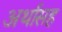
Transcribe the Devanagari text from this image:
अर्थासह